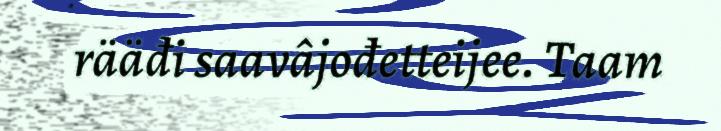
rääđi saavâjođetteijee. Taam